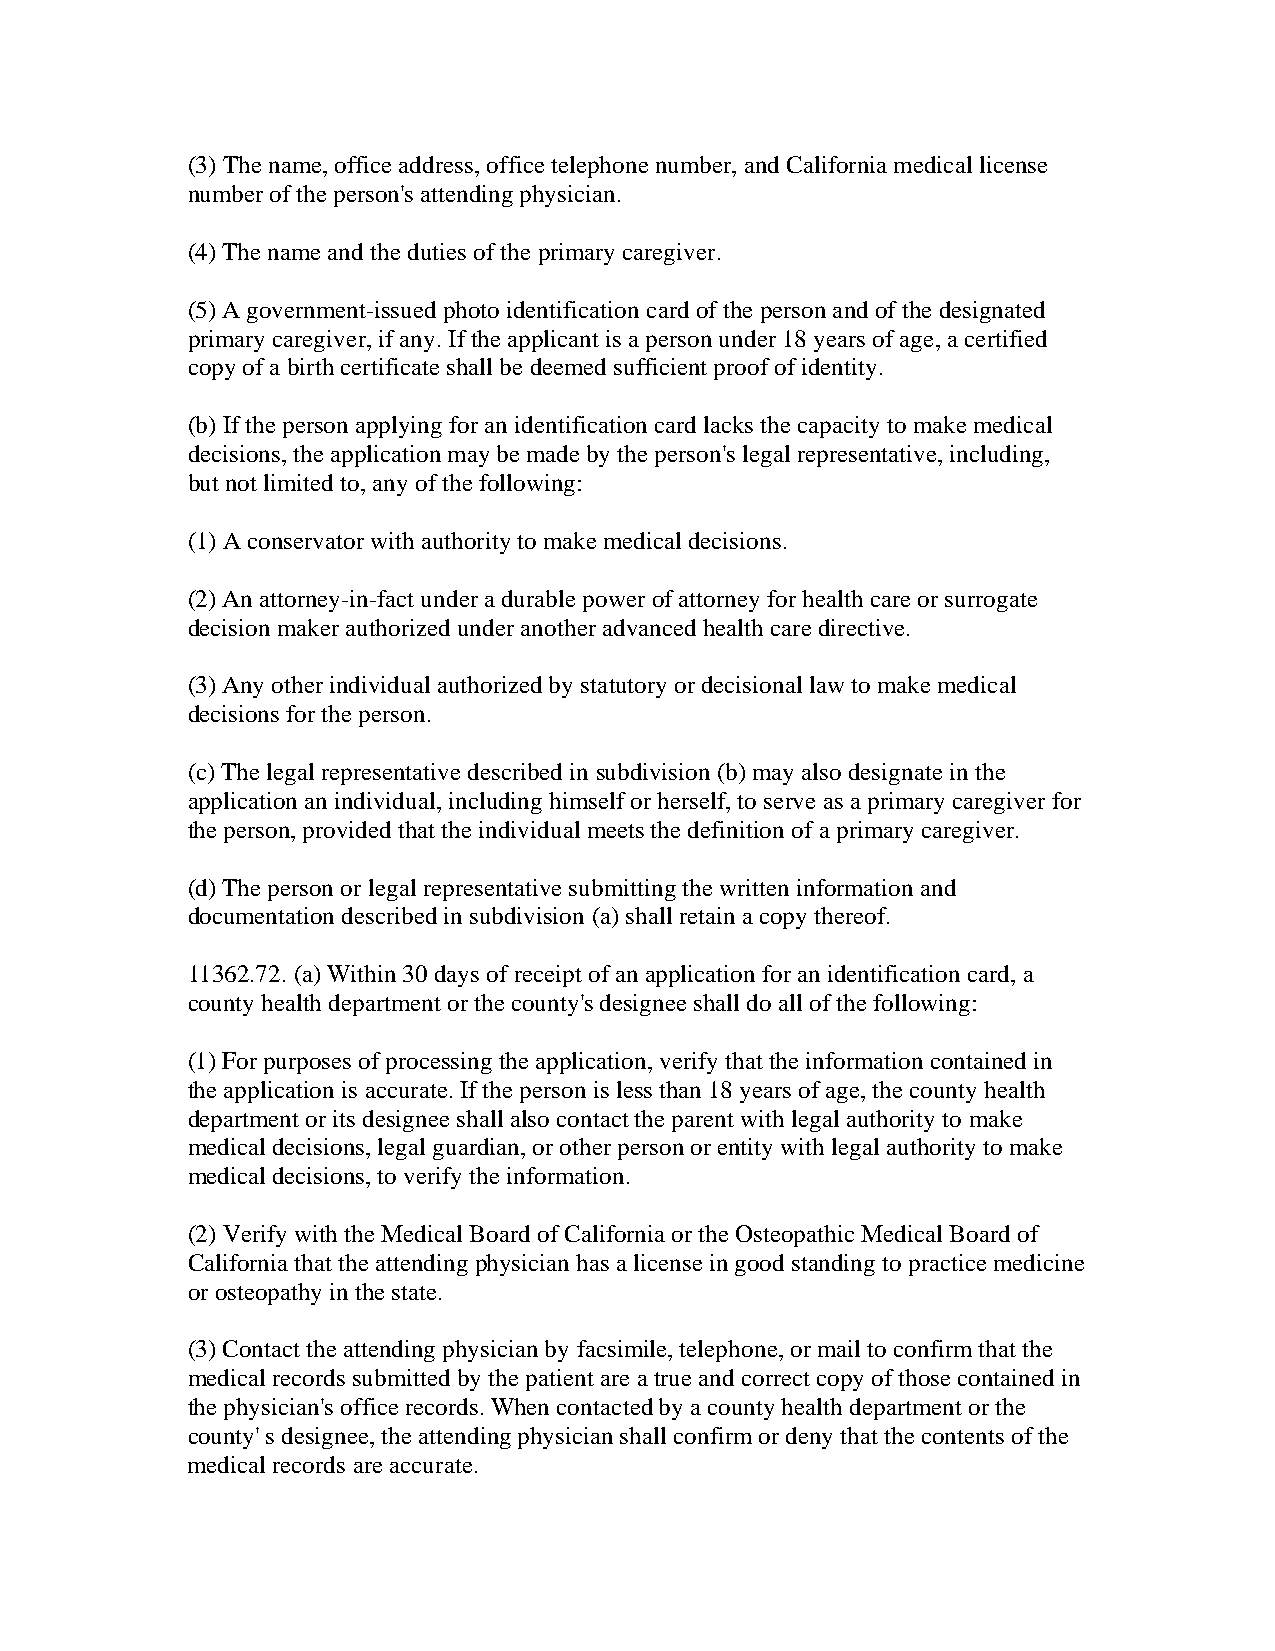
(3) The name, office address, office telephone number, and California medical license
 number of the person's attending physician.
 (4) The name and the duties of the primary caregiver.
 (5) A government-issued photo identification card of the person and of the designated
 primary caregiver, if any. If the applicant is a person under 18 years of age, a certified
 copy of a birth certificate shall be deemed sufficient proof of identity.
 (b) If the person applying for an identification card lacks the capacity to make medical
 decisions, the application may be made by the person's legal representative, including,
 but not limited to, any of the following:
 (1) A conservator with authority to make medical decisions.
 (2) An attorney-in-fact under a durable power of attorney for health care or surrogate
 decision maker authorized under another advanced health care directive.
 (3) Any other individual authorized by statutory or decisional law to make medical
 decisions for the person.
 (c) The legal representative described in subdivision (b) may also designate in the
 application an individual, including himself or herself, to serve as a primary caregiver for
 the person, provided that the individual meets the definition of a primary caregiver.
 (d) The person or legal representative submitting the written information and
 documentation described in subdivision (a) shall retain a copy thereof.
 11362.72. (a) Within 30 days of receipt of an application for an identification card, a
 county health department or the county's designee shall do all of the following:
 (1) For purposes of processing the application, verify that the information contained in
 the application is accurate. If the person is less than 18 years of age, the county health
 department or its designee shall also contact the parent with legal authority to make
 medical decisions, legal guardian, or other person or entity with legal authority to make
 medical decisions, to verify the information.
 (2) Verify with the Medical Board of California or the Osteopathic Medical Board of
 California that the attending physician has a license in good standing to practice medicine
 or osteopathy in the state.
 (3) Contact the attending physician by facsimile, telephone, or mail to confirm that the
 medical records submitted by the patient are a true and correct copy of those contained in
 the physician's office records. When contacted by a county health department or the
 county' s designee, the attending physician shall confirm or deny that the contents of the
 medical records are accurate.